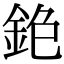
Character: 𨥹